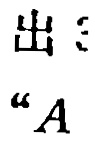
出
“$A$”